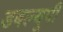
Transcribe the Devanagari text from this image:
डबल्यूपी